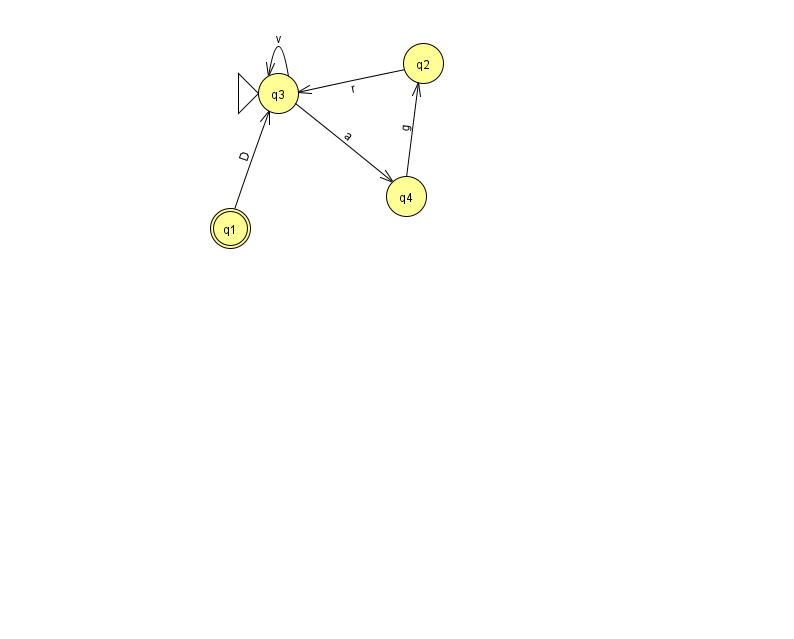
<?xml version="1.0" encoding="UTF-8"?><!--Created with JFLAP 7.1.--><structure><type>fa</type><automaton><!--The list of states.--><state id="1" name="q1"><x>230.0</x><y>215.0</y><final/></state><state id="2" name="q2"><x>423.0</x><y>50.0</y></state><state id="3" name="q3"><x>278.0</x><y>80.0</y><initial/></state><state id="4" name="q4"><x>406.0</x><y>183.0</y></state><!--The list of transitions.--><transition><from>1</from><to>3</to><read>D</read></transition><transition><from>4</from><to>2</to><read>g</read></transition><transition><from>3</from><to>3</to><read>v</read></transition><transition><from>3</from><to>4</to><read>a</read></transition><transition><from>2</from><to>3</to><read>r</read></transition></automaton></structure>